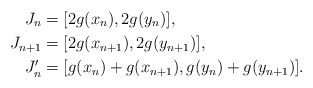
\begin{align*} J_n & = [2g(x_n), 2g(y_n)],\\ J_{n+1} & = [2g(x_{n+1}), 2g(y_{n+1})],\\ J_n' & = [g(x_n)+g(x_{n+1}), g(y_n) + g(y_{n+1})].\end{align*}